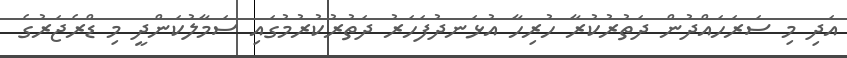
އަދި މި ސަރަހައްދުން ދަތުރުކުރާ ހުރިހާ އުޅަނދުފަހަރު ދަތުރުކުރުމުގައި ސަމާލުކަންދީ މި ޑްރެޖަރުގެ